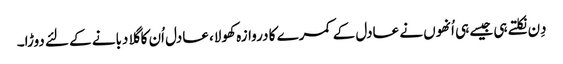
دِن نکلتے ہی جیسے ہی اُنھوں نے عادل کے کمرے کا دروازہ کھولا، عادل اُن کا گلا دبانے کے لئے دوڑا۔